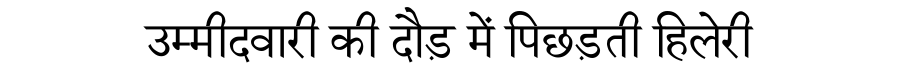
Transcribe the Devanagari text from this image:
उम्मीदवारी की दौड़ में पिछड़ती हिलेरी